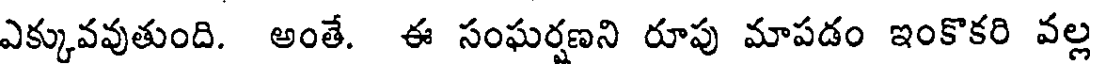
ఎక్కువవుతుంది. అంతే. ఈ సంఘర్షణని రూపు మాపడం ఇంకొకరి వల్ల